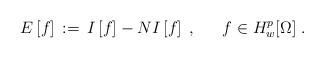
LaTeX: \begin{align*} E\left[f\right] \, := \, I\left[f\right]-NI\left[f\right]\; ,\;\;\;\;\; \,f\in H_w^{p}[\Omega] \;.\end{align*}